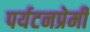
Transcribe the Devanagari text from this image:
पर्यटनप्रेमी